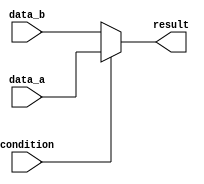
module conditional_assignment (
    input wire condition,      // Condition signal
    input wire [7:0] data_a,  // First data input
    input wire [7:0] data_b,  // Second data input
    output wire [7:0] result   // Output wire
);

// Continuous assignment using the ternary operator
assign result = (condition) ? data_a : data_b;

endmodule